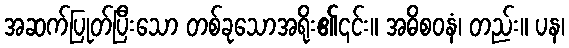
အဆက်ပြုတ်ပြီးသော တစ်ခုသောအရိုး၏၎င်း။ အဓိစဝနံ၊ တည်း။ ပန၊